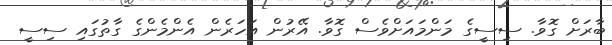
ބާރަށް ގޮވާ. ސިސީގެ މަންމައަށްވެސް ގޮވާ. އޭރުން އަހަރެން އެންމެންގެ ގާތުގައި ސިސީ